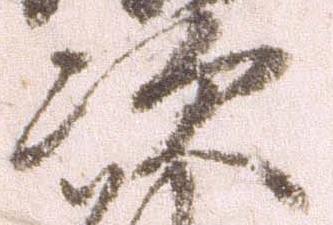
次